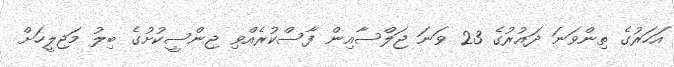
އަހަރުގެ ތިންވަނަ ދައުރުގެ 23 ވަނަ ޖަލްސާއިން ފާސްކުރެއްވި ޖިންސީކުށުގެ ބިލު މަޖިލީހަށް